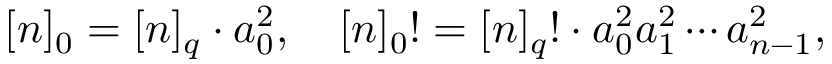
[ n ] _ { 0 } = [ n ] _ { q } \cdot a _ { 0 } ^ { 2 } , \quad [ n ] _ { 0 } ! = [ n ] _ { q } ! \cdot a _ { 0 } ^ { 2 } a _ { 1 } ^ { 2 } \cdots a _ { n - 1 } ^ { 2 } ,